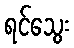
ရင်သွေး